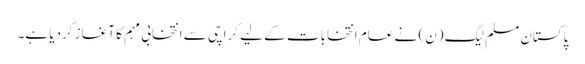
پاکستان مسلم لیگ (ن) نے عام انتخابات کے لیے کراچی سے انتخابی مہم کا آغاز کردیا ہے۔